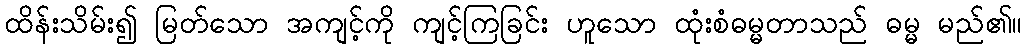
ထိန်းသိမ်း၍ မြတ်သော အကျင့်ကို ကျင့်ကြခြင်း ဟူသော ထုံးစံဓမ္မတာသည် ဓမ္မ မည်၏။